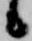
候